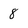
Character: 8